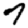
Digit: 7